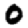
Digit: 0